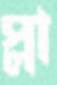
প্লা